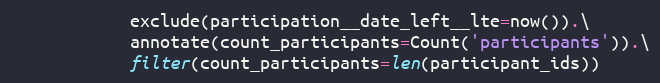
Language: Python
            exclude(participation__date_left__lte=now()).\
            annotate(count_participants=Count('participants')).\
            filter(count_participants=len(participant_ids))